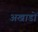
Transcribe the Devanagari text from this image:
अखाडों